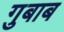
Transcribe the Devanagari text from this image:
गुबाब